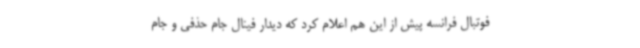
فوتبال فرانسه پیش از این هم اعلام کرد که دیدار فینال جام حذفی و جام